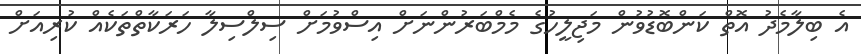
އެ ބިލާމެދު އޮތް ކަންބޮޑުވުން މަޖިލީހުގެ މެމްބަރުންނަށް އިސްވުމަށް ސިލްސިލާ ހަރަކާތްތަކެއް ކުރިއަށް